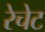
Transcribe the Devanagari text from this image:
रेचेट